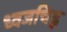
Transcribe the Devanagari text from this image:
ध्वजचिह्न